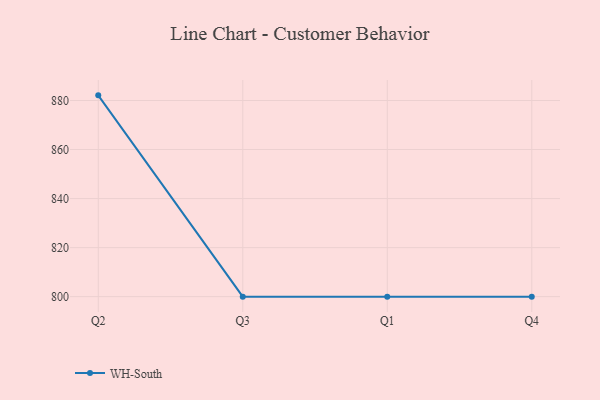
{"axis": {"x": "Quarter", "y": "Waste Production (Tons)"}, "legend": ["WH-South"], "data": [{"x": "Q2", "y": 882.1, "type": "WH-South"}, {"x": "Q3", "y": 800, "type": "WH-South"}, {"x": "Q1", "y": 800, "type": "WH-South"}, {"x": "Q4", "y": 800, "type": "WH-South"}]}